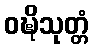
ဝဍ္ဎိသုတ္တံ